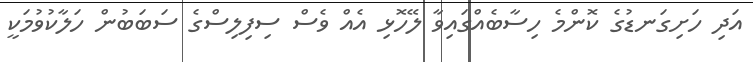
އަދި ހަށިގަނޑުގެ ކޮންމެ ހިސާބެއްގައިވާ ލޭހޮޅި އެއް ވެސް ސިފިލިސްގެ ސަބަބުން ހަލާކުވުމަކީ